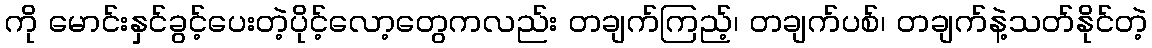
ကို မောင်းနှင်ခွင့်ပေးတဲ့ပိုင့်လော့တွေကလည်း တချက်ကြည့်၊ တချက်ပစ်၊ တချက်နဲ့သတ်နိုင်တဲ့